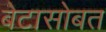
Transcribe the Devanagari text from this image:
बेटासोबत